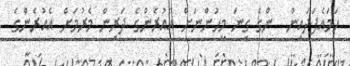
ހަމައެފަދައިން  ންގެ ގިނަ މީހުންނަށް އެއުރެންގެ ދަރިން މެރުމަށް އެއުރެންގެ